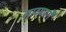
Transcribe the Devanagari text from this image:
गाठणारी